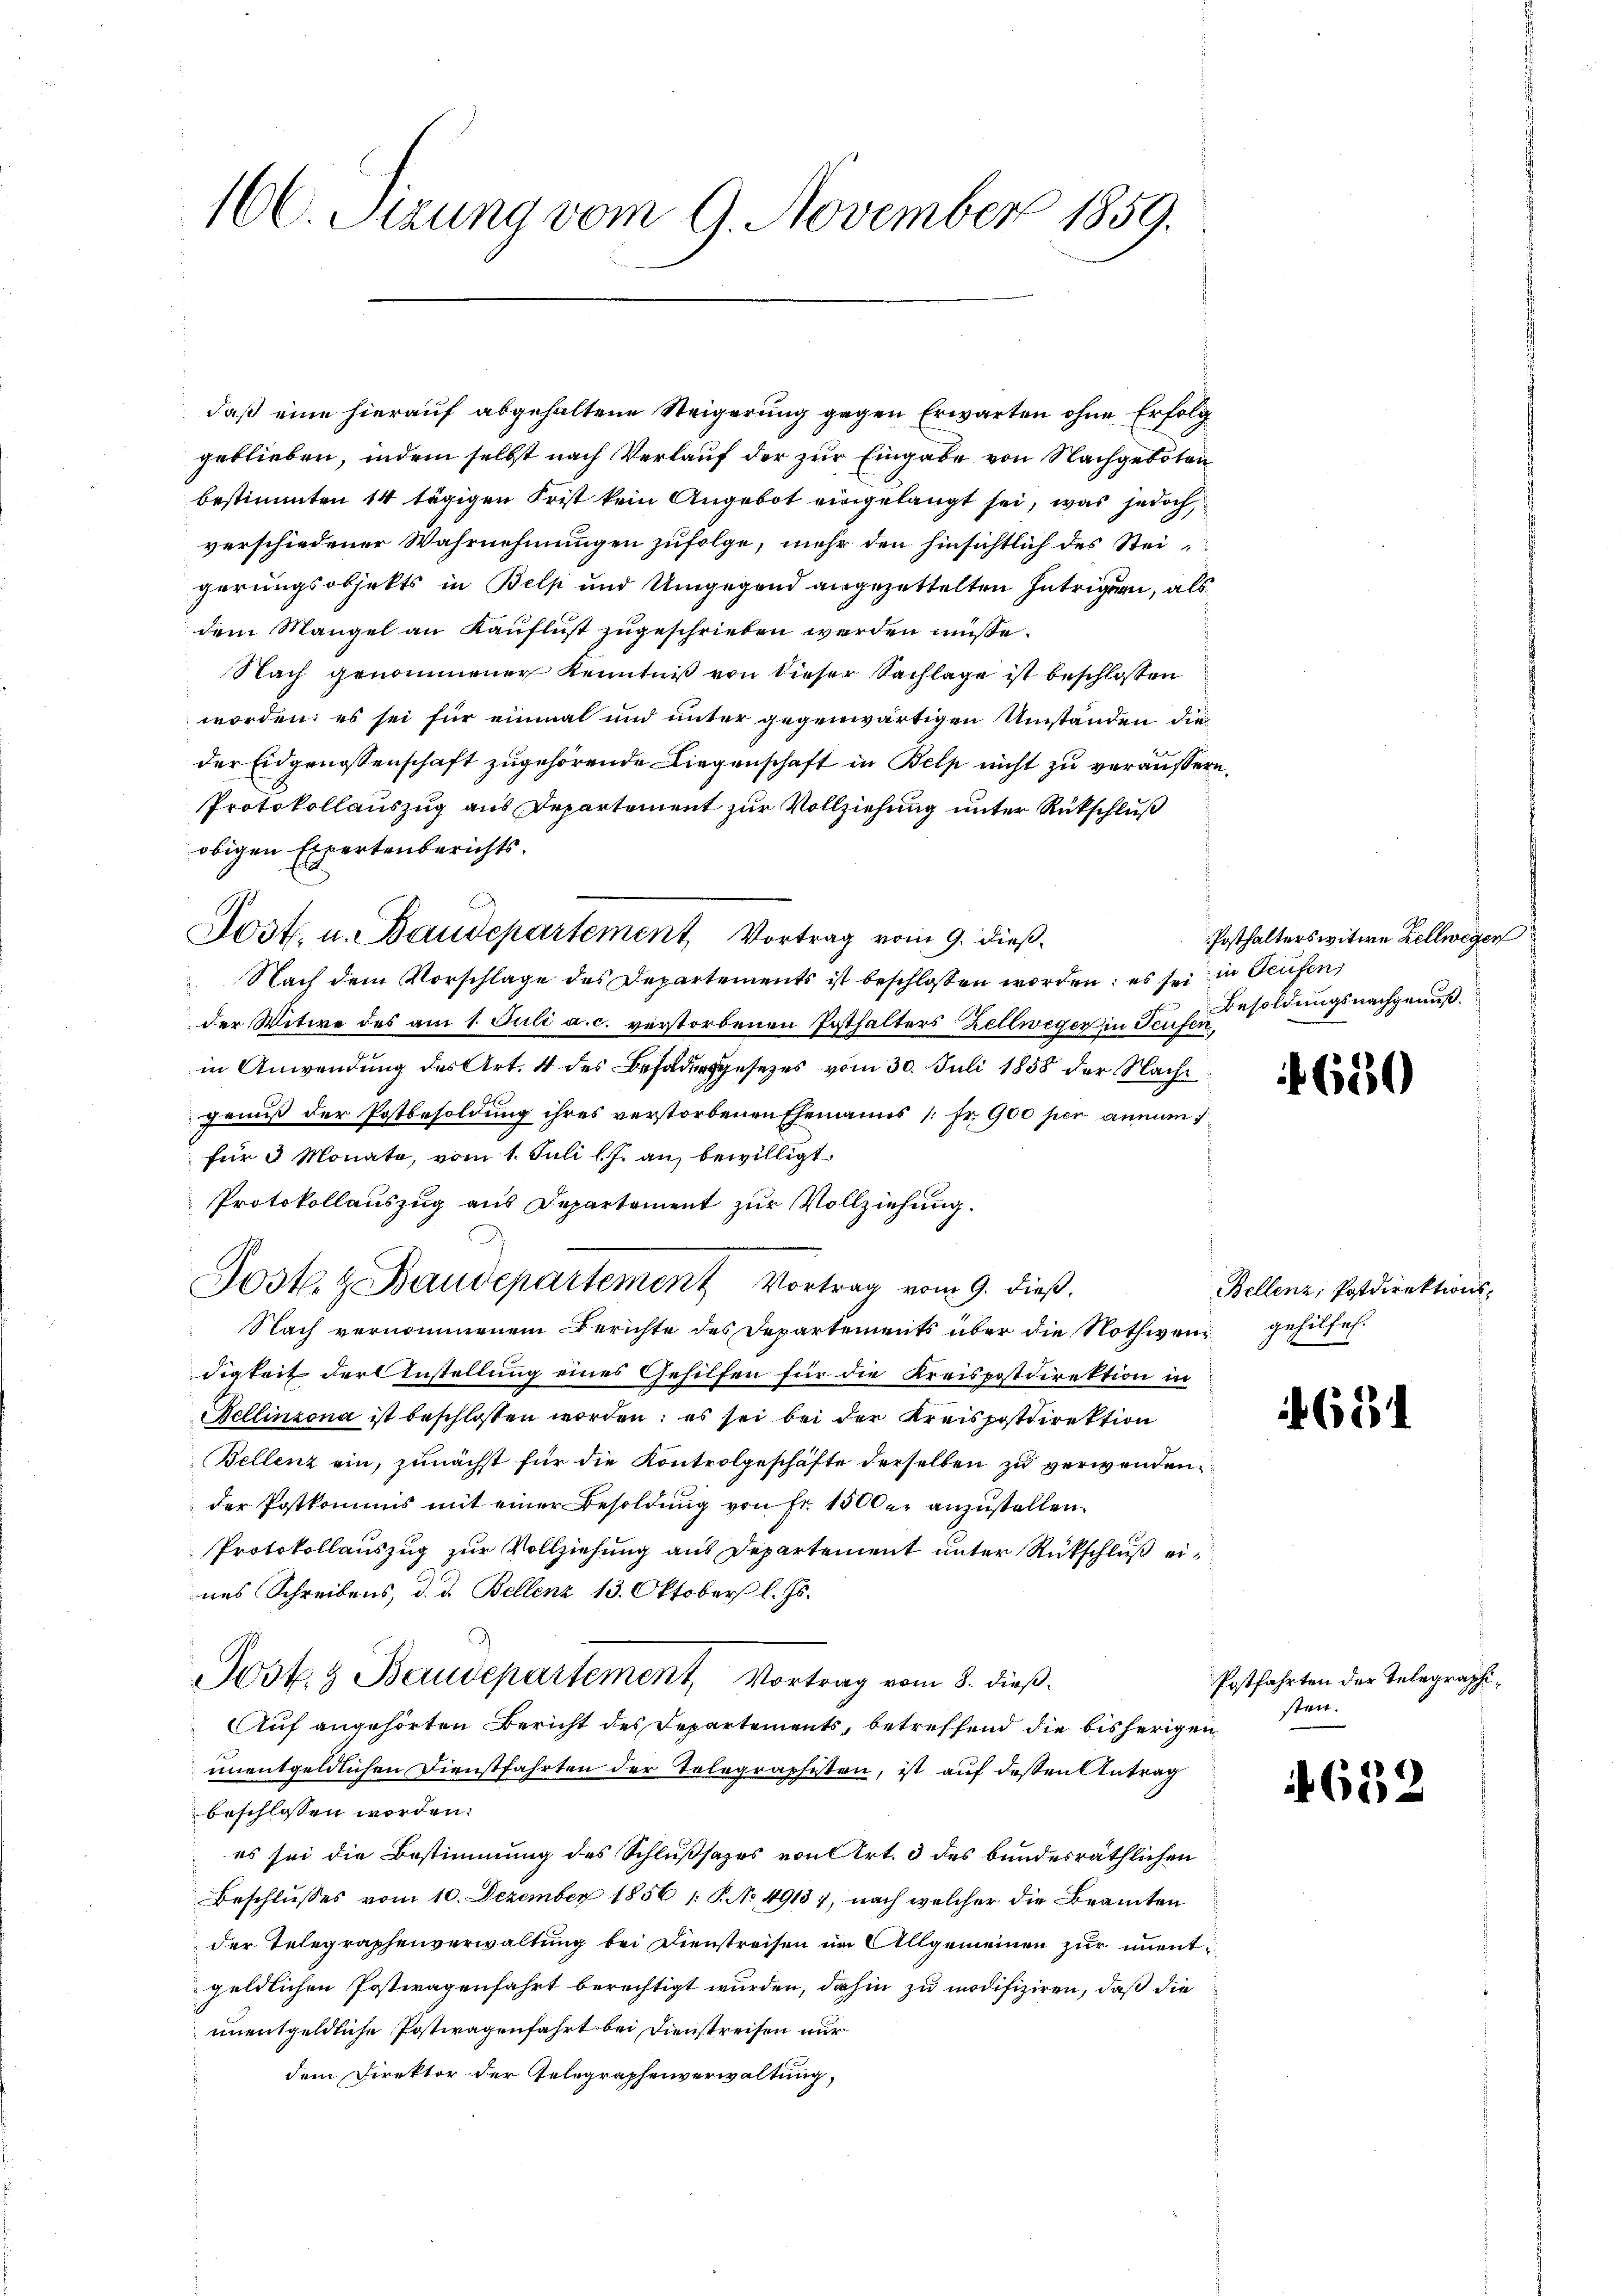
160. Setzung vom 9. November 1859.

daß eine hierauf abgehaltene Steigerung gegen Erwarten ohne Erfolg
geblieben, indem selbst nach Verlauf der zur Eingabe von Nachgeboten
bestimmten 14 tägigen Frist kein Angebot eingelangt sei, was jedoch,
verschiedener Wahrnehmungen zufolge, mehr den hinsichtlich des Steigerungsobjekts in Belp und Umgegend angezettelten Intrigen, als
dem Mangel an Kauflust zugeschrieben werden müsse.
Nach genommener Kenntniß von dieser Sachlage ist beschlossen
worden; es sei für einmal und unter gegenwärtigen Umständen dieder Eidgenossenschaft zugehörende Liegenschaft in Belp nicht zu veräußern,
Protokollauszug aus Departement zur Vollziehung unter Rückschluß
obigen Expertenberichts¬
.
Nach dem Vorschlage des Departements ist beschlossen worden; es sei in Teufen,
der Witwe des am 1. Juli a. c. verstorbenen Posthalters Zellweger in Teufen,
in Anwendung des Art. 4 des Besoldung gesetzes vom 30. Juli 1858 der Nachgenuß der Postbesoldung ihres verstorbenen Ehemanns 1 Fr. 900 per annum i
für 3 Monate, vom 1. Juli l. J. an, bewilligt.
Protokollauszug aus Departement zur Vollziehung.
Sostl. z. Baudepartement Vortrag vom 9. dieß.
Nach vernommenem Berichte des Departements über die Nothweng gehilfe.
digkeit der Anstellung eines Gehilfen für die Kreispostdirektion in
Bellinzona ist beschlossen worden; es sei bei der Kreispostdirektion
Bellenz ein, zunächst für die Kontrolgeschäfte derselben zu verwendender Postkommis mit einer Besoldung von Fr. 1500 er anzustellen.
Protokollauszug zur Vollziehung aus Departement unter Rückschluß eines Schreibens, d. d. Bellenz 13. Oktober l. Js.
Jost. 3 Baudepartement Vortrag vom 8. dieß.
Auf angehörten Bericht des Departements, betreffend die bisherigen
unentgeldlichen Dienstfahrten der Telegraphisten, ist auf dessen Antrag
beschlossen worden.
es sei die Bestimmung des Schlußsazes von Art. 3 des bundesräthlichen
Beschlusses vom 10. Dezember 1856 1: P. No 49137, nach welcher die Beamten
der Telegraphenverwaltung bei Dienstreisen im Allgemeinen zur unentgeldlichen Postwagenfahrt berechtigt wurden, dahin zu modifiziren, daß die
unentgeldliche Postwagenfahrt bei Dienstreisen nur
dem Direktor der Gelegraphenverwaltung,

Post. u. Baudepartement, Vortrag vom 9. dieß¬

Posthalterswitwe Zellwegen
Besoldungsnachgenuß.

650

Bellenz, Postdirektions¬

f 634

Postfahrten der Telegraphisten.

i